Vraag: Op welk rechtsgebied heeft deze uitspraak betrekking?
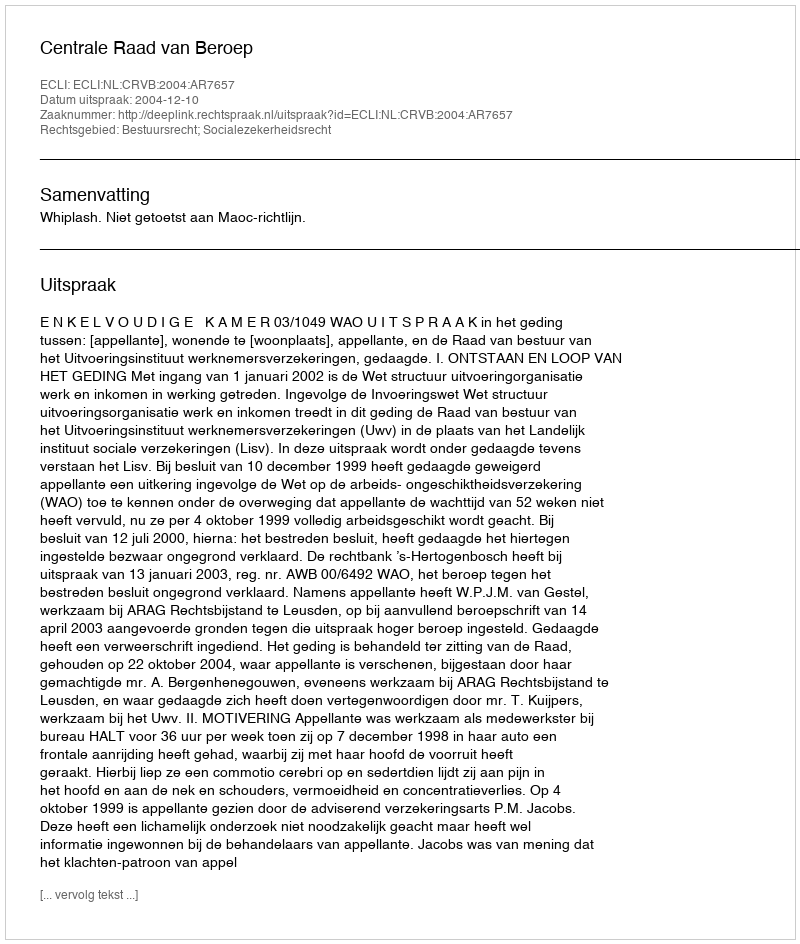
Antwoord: Bestuursrecht; Socialezekerheidsrecht